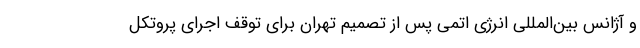
و آژانس بین‌المللی انرژی اتمی پس از تصمیم تهران برای توقف اجرای پروتکل